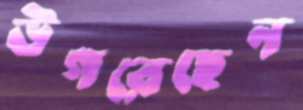
উগরেছেন